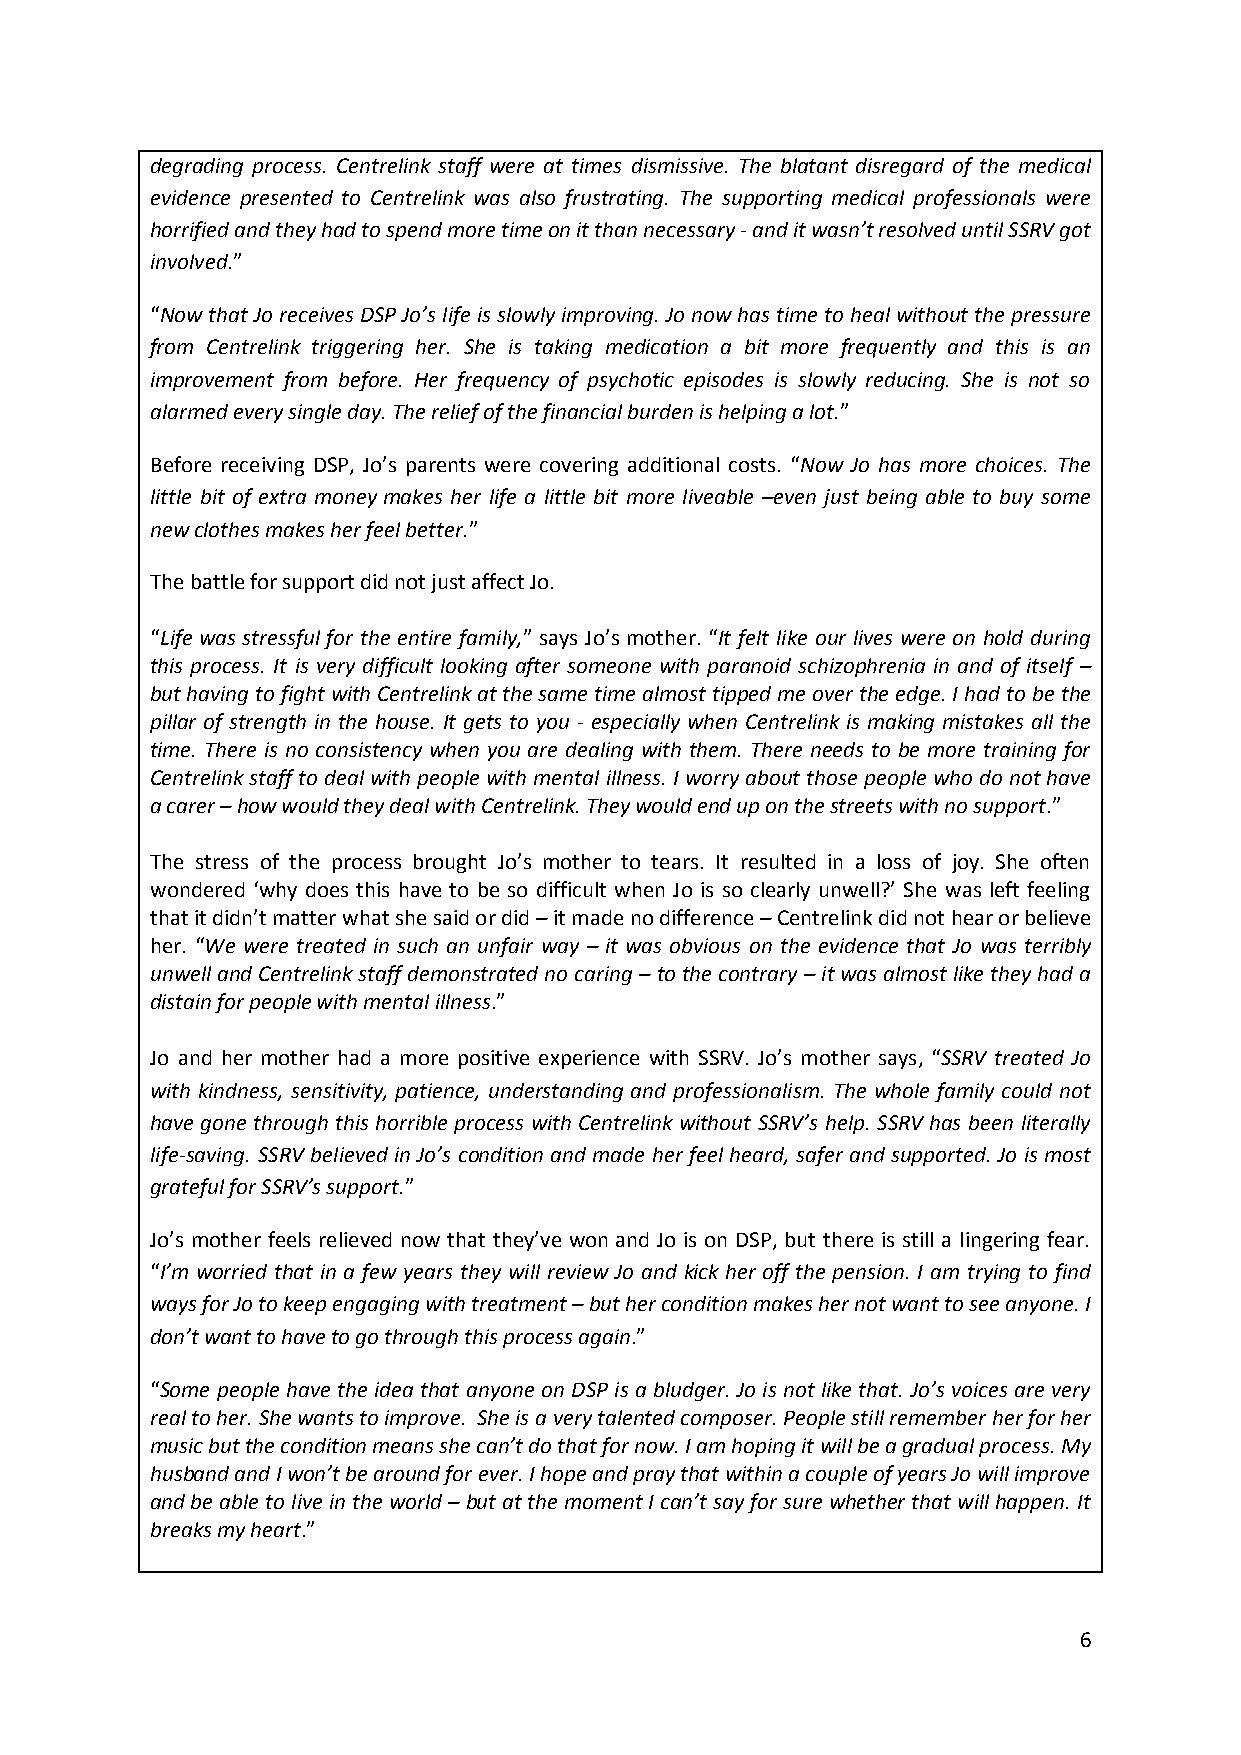
degrading process. Centrelink staff were at times dismissive. The blatant disregard of the medical
 evidence presented to Centrelink was also frustrating. The supporting medical professionals were
 horrified and they had to spend more time on it than necessary - and it wasn’t resolved until SSRV got
 involved.”
 “Now that Jo receives DSP Jo’s life is slowly improving. Jo now has time to heal without the pressure
 from Centrelink triggering her. She is taking medication a bit more frequently and this is an
 improvement from before. Her frequency of psychotic episodes is slowly reducing. She is not so
 alarmed every single day. The relief of the financial burden is helping a lot.”
 Before receiving DSP, Jo’s parents were covering additional costs. “Now Jo has more choices. The
 little bit of extra money makes her life a little bit more liveable –even just being able to buy some
 new clothes makes her feel better.”
 The battle for support did not just affect Jo.
 “Life was stressful for the entire family,” says Jo’s mother. “It felt like our lives were on hold during
 this process. It is very difficult looking after someone with paranoid schizophrenia in and of itself –
 but having to fight with Centrelink at the same time almost tipped me over the edge. I had to be the
 pillar of strength in the house. It gets to you - especially when Centrelink is making mistakes all the
 time. There is no consistency when you are dealing with them. There needs to be more training for
 Centrelink staff to deal with people with mental illness. I worry about those people who do not have
 a carer – how would they deal with Centrelink. They would end up on the streets with no support.”
 The stress of the process brought Jo’s mother to tears. It resulted in a loss of joy. She often
 wondered ‘why does this have to be so difficult when Jo is so clearly unwell?’ She was left feeling
 that it didn’t matter what she said or did – it made no difference – Centrelink did not hear or believe
 her. “We were treated in such an unfair way – it was obvious on the evidence that Jo was terribly
 unwell and Centrelink staff demonstrated no caring – to the contrary – it was almost like they had a
 distain for people with mental illness.”
 Jo and her mother had a more positive experience with SSRV. Jo’s mother says, “SSRV treated Jo
 with kindness, sensitivity, patience, understanding and professionalism. The whole family could not
 have gone through this horrible process with Centrelink without SSRV’s help. SSRV has been literally
 life-saving. SSRV believed in Jo’s condition and made her feel heard, safer and supported. Jo is most
 grateful for SSRV’s support.”
 Jo’s mother feels relieved now that they’ve won and Jo is on DSP, but there is still a lingering fear.
 “I’m worried that in a few years they will review Jo and kick her off the pension. I am trying to find
 ways for Jo to keep engaging with treatment – but her condition makes her not want to see anyone. I
 don’t want to have to go through this process again.”
 “Some people have the idea that anyone on DSP is a bludger. Jo is not like that. Jo’s voices are very
 real to her. She wants to improve. She is a very talented composer. People still remember her for her
 music but the condition means she can’t do that for now. I am hoping it will be a gradual process. My
 husband and I won’t be around for ever. I hope and pray that within a couple of years Jo will improve
 and be able to live in the world – but at the moment I can’t say for sure whether that will happen. It
 breaks my heart.”
 6